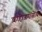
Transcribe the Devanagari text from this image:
काहीजणांसोबत